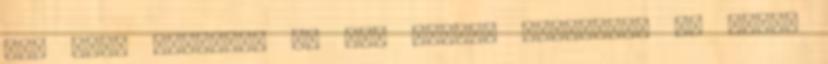
még csak beborult az ég, amikor bejöttem, de azóta